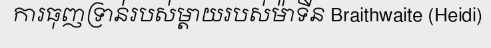
ការធុញទ្រាន់របស់ម្តាយរបស់ម៉ាទីន Braithwaite (Heidi)